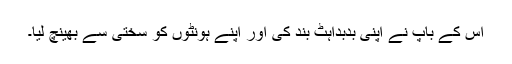
اس کے باپ نے اپنی بدبداہٹ بند کی اور اپنے ہونٹوں کو سختی سے بھینچ لیا۔